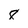
Character: 8